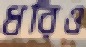
ধরিও